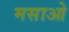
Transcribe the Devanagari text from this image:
मसाओ